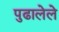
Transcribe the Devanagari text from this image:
पुढालेले